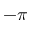
- \pi